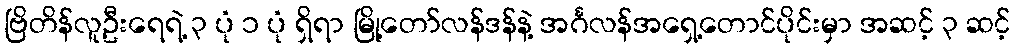
ဗြိတိန်လူဦးရေရဲ့ ၃ ပုံ ၁ ပုံ ရှိရာ မြို့တော်လန်ဒန်နဲ့ အင်္ဂလန်အရှေ့တောင်ပိုင်းမှာ အဆင့် ၃ ဆင့်